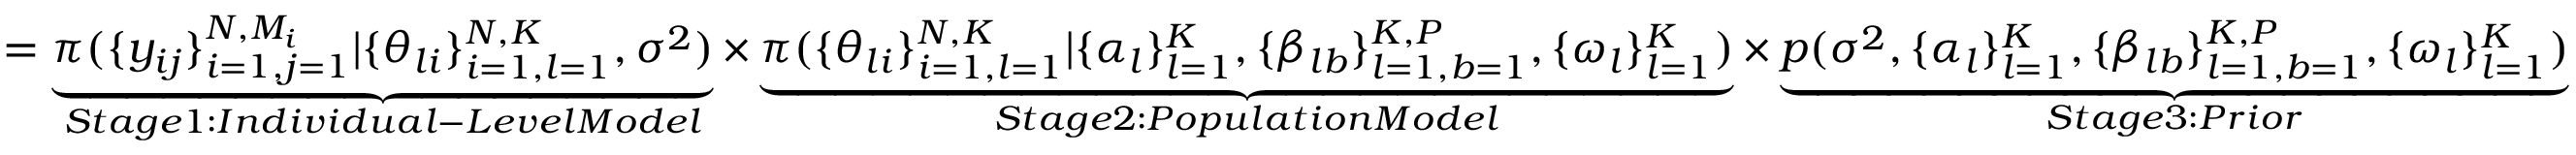
= \underbrace { \pi ( \{ y _ { i j } \} _ { i = 1 , j = 1 } ^ { N , M _ { i } } | \{ \theta _ { l i } \} _ { i = 1 , l = 1 } ^ { N , K } , \sigma ^ { 2 } ) } _ { S t a g e 1 : I n d i v i d u a l - L e v e l M o d e l } \times \underbrace { \pi ( \{ \theta _ { l i } \} _ { i = 1 , l = 1 } ^ { N , K } | \{ \alpha _ { l } \} _ { l = 1 } ^ { K } , \{ \beta _ { l b } \} _ { l = 1 , b = 1 } ^ { K , P } , \{ \omega _ { l } \} _ { l = 1 } ^ { K } ) } _ { S t a g e 2 : P o p u l a t i o n M o d e l } \times \underbrace { p ( \sigma ^ { 2 } , \{ \alpha _ { l } \} _ { l = 1 } ^ { K } , \{ \beta _ { l b } \} _ { l = 1 , b = 1 } ^ { K , P } , \{ \omega _ { l } \} _ { l = 1 } ^ { K } ) } _ { S t a g e 3 : P r i o r }